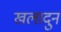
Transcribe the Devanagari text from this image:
खलादुन